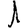
Digit: 1